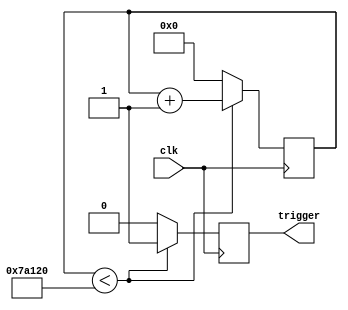
module ContadorConTrigger(
    input wire clk,          
    output reg trigger       
);

reg [19:0] contador1;        
parameter limite = 20'd500000;     

always @(posedge clk) begin
    if (contador1 < limite) begin
        contador1 <= contador1 + 1;
        trigger <= 1;
    end else begin
        contador1 = 0;
        trigger = 0;
    end
end

endmodule
module ContadorConEcho(
    input wire clk,           // Entrada de reloj
    input wire echo,          // Entrada de control (cuando echo=1, se incrementa el contador)
    output reg [19:0] contador2 // Salida del contador de 32 bits
);

always @(posedge clk) 
    begin
		if(echo==1)
			begin
				contador2=contador2+1; //Se va almacenando en un contador si el ultrasonido genera el echo
			end
		else
			begin 
				contador2=0;
			end
	end

endmodule
module contador(
    input  clk_in,
    output reg [23:0] count 
);

parameter SIZE = 24; 
parameter LIMIT = 24'd10000000; /*FPGA 50000000/50hz=10000000  */

always@(posedge clk_in)
begin
  if(count == LIMIT)
  begin
    count <= 0;
  end
  else
  begin
    count <= count + 1;
  end
end    

endmodule
module duty(
  input clk_in,
  input switch1,
  input switch2,
  output reg [23:0] duty
);

  reg [23:0] duty_temp;  // Registro temporal para almacenar el valor actual de duty
  reg [15:0] counter;    // Contador para el incremento en 30000

  always @(posedge clk_in)
  begin
    // Incrementar duty_temp cuando switch1 est presionado
    if (switch1 == 1'b1)
    begin
      if (counter < 20000)
        counter <= counter + 1;
      else if (duty_temp + 70 <= 120000) // Asegurar que no supere 120000
      begin
        duty_temp <= duty_temp + 70;  // Incremento en 70
        counter <= 16'd0;
      end
    end

    // Restablecer duty_temp cuando switch2 est presionado
    if (switch2 == 1'b1)
    begin
      duty_temp <= 24'd20000; // Reiniciar desde 30000
      counter <= 16'd0;
    end
  end

  // Asignar el valor de duty_temp a duty
  always @*
  begin
    duty = duty_temp;
  end

endmodule
module ControlLed(
    input clk,
    input wire [19:0] contador2,  
    output reg led1,   
    output reg led2, 
    output reg led3   
);


parameter L1=20'd70000; //25 cm +
parameter L1m=20'd45000;  
parameter L2=20'd45000; //Para 15 cm
parameter L2m=20'd20000;
parameter L3=20'd20000; //Para 5 cm
parameter L3m=20'd1000;


always @(contador2) 
	begin

		if (contador2>L1m && contador2<L1)
			begin
				led1 <= 0;
				led2 <= 1;
				led3 <= 1;  
			end
		else if (contador2>L2m && contador2<L2)
			begin
				led1 <= 1;
				led2 <= 0;
				led3 <= 1;  
			end
		else if (contador2>L3m && contador2<L3)
			begin
				led1 <= 1;
				led2 <= 1;
				led3 <= 0;  
			end
	end

endmodule
module comparador (
    input clk,
    input [23:0] cont,
    input [23:0] dut,  // Corregido para especificar el ancho del bus en la entrada "dut"
    output reg pwm
);

wire [23:0] cable1 = cont;
wire [23:0] cable2 = dut;  // Corregido para asignar correctamente la entrada "dut"

always @(posedge clk) 
begin
    if (cable1 < cable2)
        pwm <= 1'b1;
    else
        pwm <= 1'b0;
end

endmodule

module top (
  input clk,
  input echo,
  input sw1,
  input sw2,
  output trig,
  output led3,
  output led5,
  output led7,
  output led2,
  output led1,
  output led4,
  output led6,
  output led8,
  output led9,
  output pwm,
  output sonido
);
  wire [19:0] s0;
  wire led1_temp;
  wire led6_temp;
  wire sonido_temp;
  wire [23:0] s1;
  wire [23:0] s2;
  // ContadorConTrigger
  ContadorConTrigger ContadorConTrigger_i0 (
    .clk( clk ),
    .trigger( trig )
  );
  // ContadorConEcho
  ContadorConEcho ContadorConEcho_i1 (
    .clk( clk ),
    .echo( echo ),
    .contador2( s0 )
  );
  // contador
  contador contador_i2 (
    .clk_in( clk ),
    .count( s1 )
  );
  // duty
  duty duty_i3 (
    .clk_in( clk ),
    .switch1( sw1 ),
    .switch2( sw2 ),
    .duty( s2 )
  );
  // ControlLed
  ControlLed ControlLed_i4 (
    .clk( clk ),
    .contador2( s0 ),
    .led1( led1_temp ),
    .led2( led6_temp ),
    .led3( sonido_temp )
  );
  // comparador
  comparador comparador_i5 (
    .clk( clk ),
    .cont( s1 ),
    .dut( s2 ),
    .pwm( pwm )
  );
  assign led3 = led1_temp;
  assign led5 = led6_temp;
  assign led7 = sonido_temp;
  assign led2 = led1_temp;
  assign led1 = led1_temp;
  assign led4 = led6_temp;
  assign led6 = led6_temp;
  assign led8 = sonido_temp;
  assign led9 = sonido_temp;
  assign sonido = sonido_temp;
endmodule